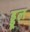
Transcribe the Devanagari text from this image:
ड्डूल